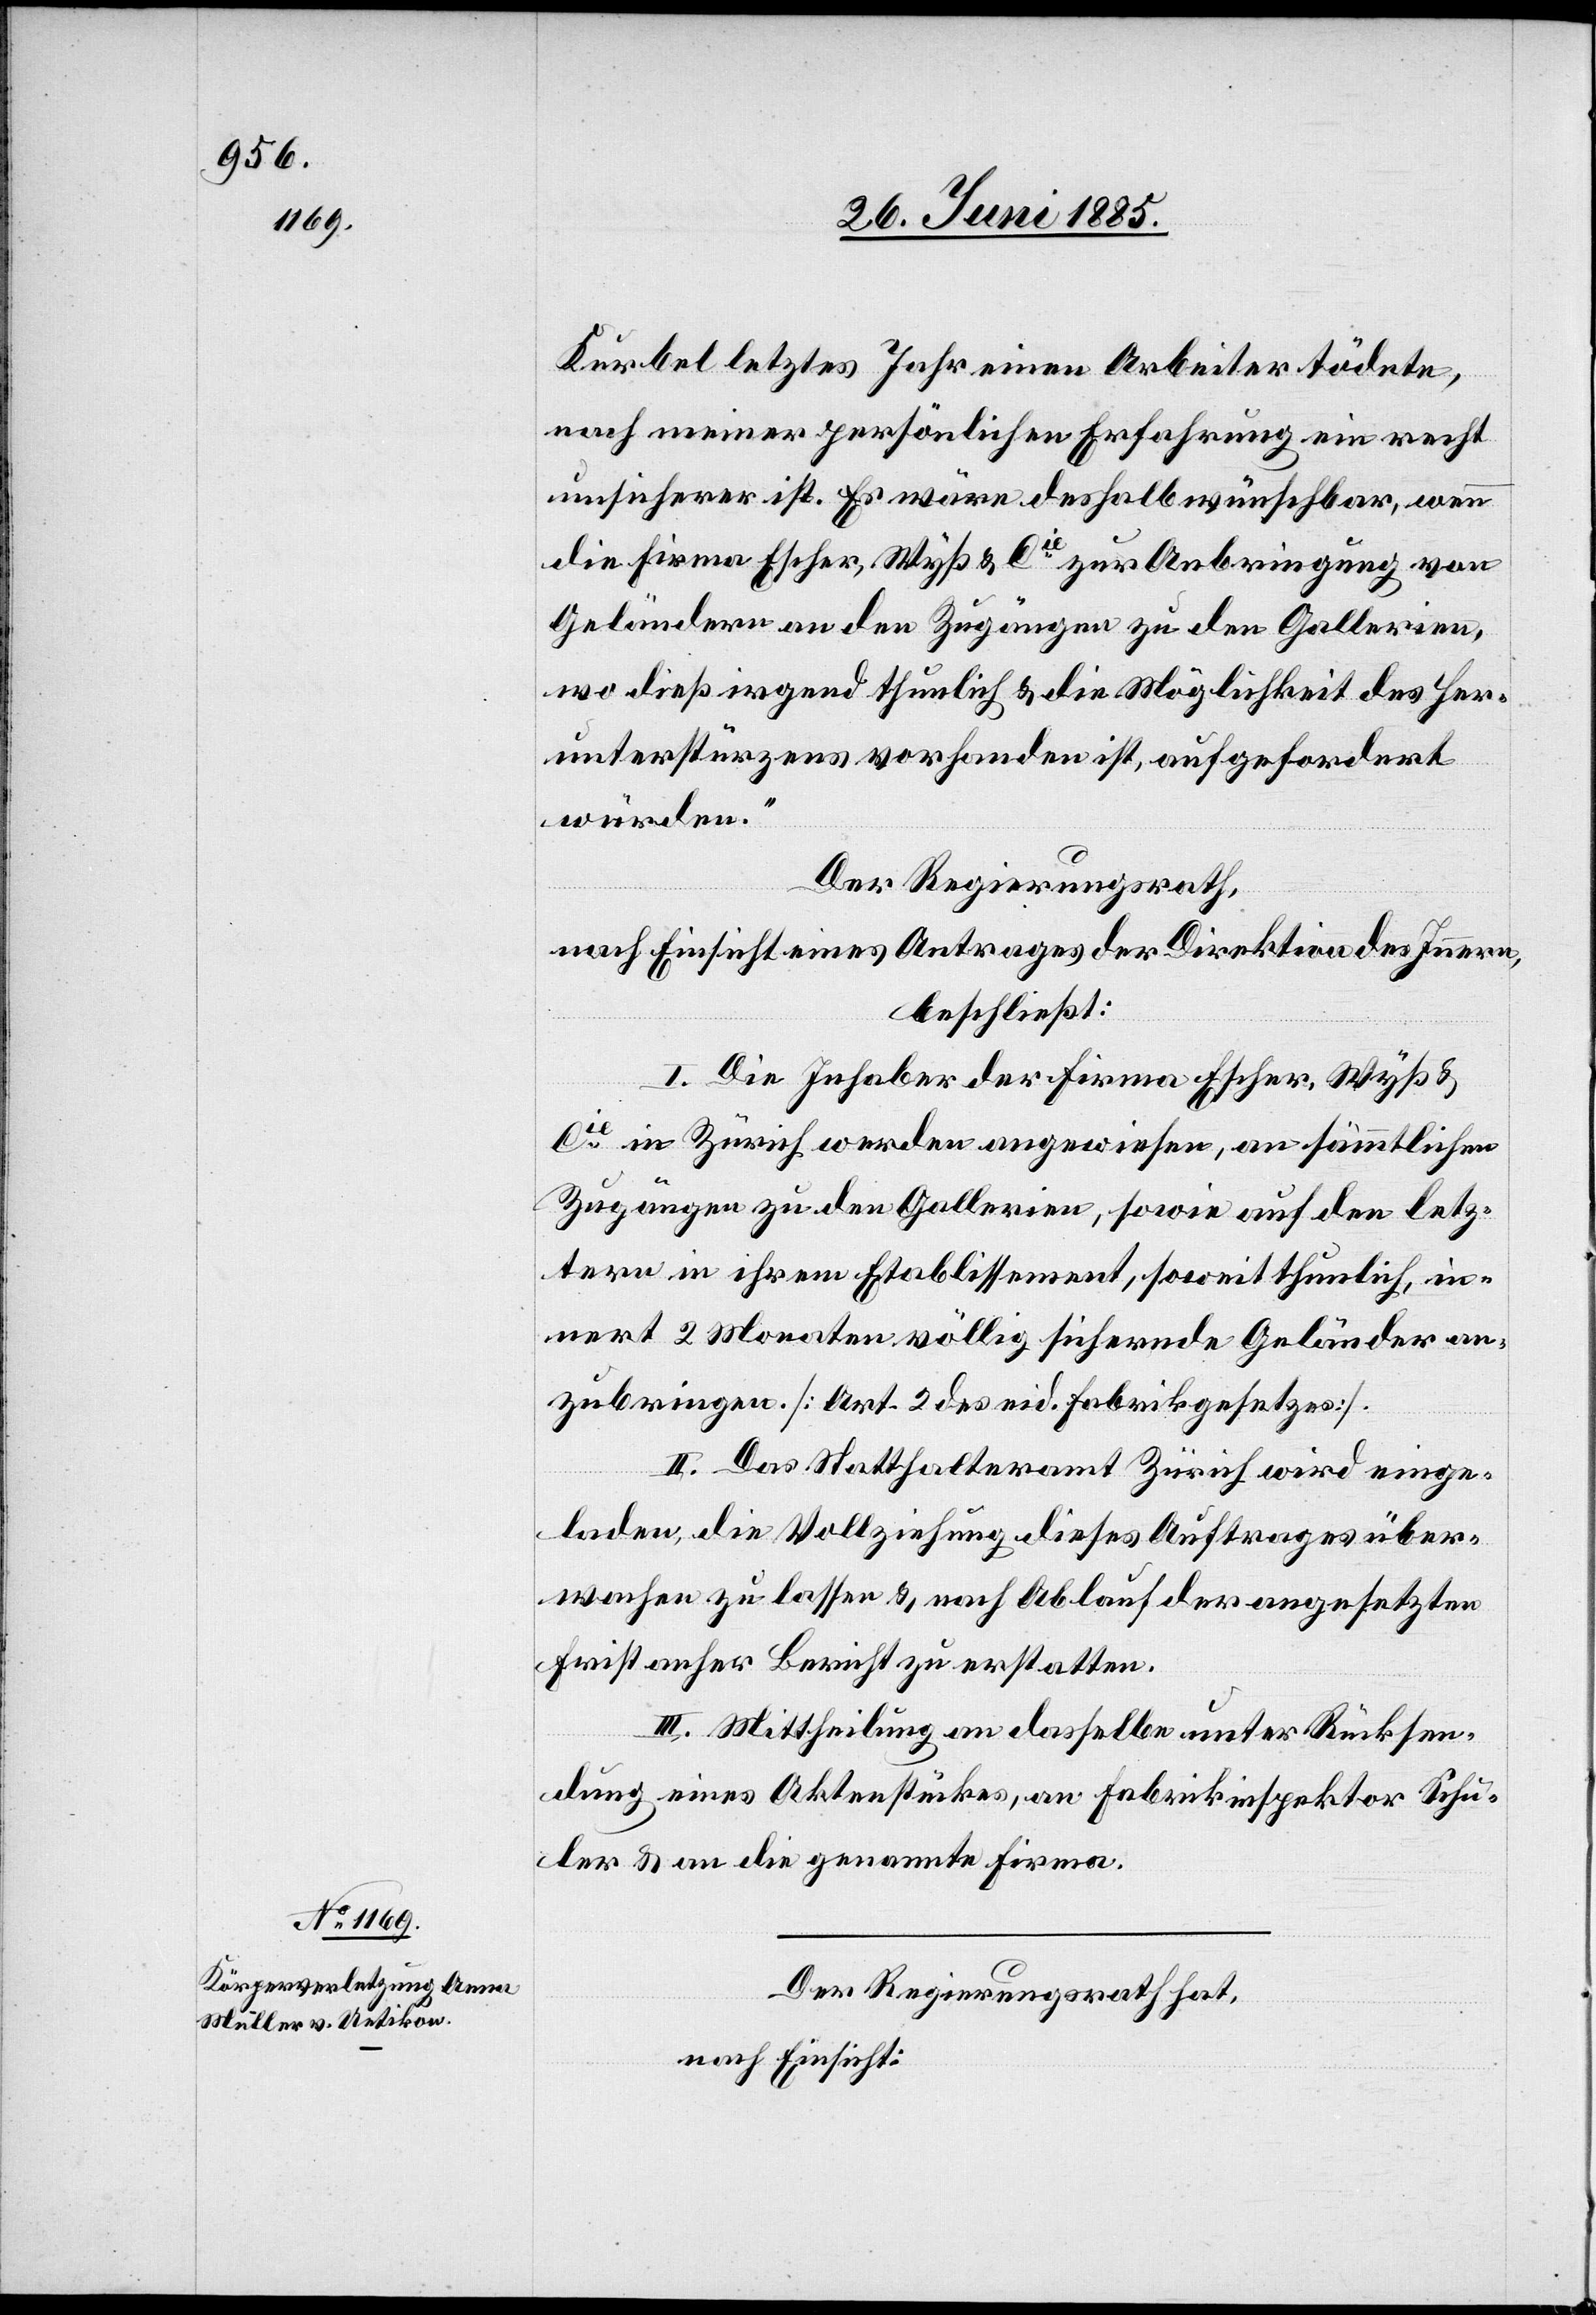
Kurbel letztes Jahr einen Arbeiter tödete,
nach meiner persönlichen Erfahrung ein recht
unsicherer ist. Es wäre deshalb wünschbar, wenn
die Firma Escher, Wyß & Cie zur Anbringung von
Geländern an den Zugängen zu den Gallerien,
wo dieß irgend thunlich & die Möglichkeit des Her¬
unterstürzens vorhanden ist, aufgefordert
würden.“
Der Regierungsrath,
nach Einsicht eines Antrages der Direktion des Innern,
beschließt:
I. Die Inhaber der Firma Escher, Wyß &
Cie in Zürich werden angewiesen, an sämmtlichen
Zugängen zu den Gallerien, sowie auf den letz¬
tern in ihrem Etablissement, soweit thunlich, in¬
nert 2 Monaten völlig sichernde Geländer an¬
zubringen. [Art. 2 des eid. Fabrikgesetzes].
II. Das Statthalteramt Zürich wird einge¬
laden, die Vollziehung dieses Auftrages über¬
machen zu lassen & nach Ablauf der angesetzten
Frist anher Bericht zu erstatten.
III. Mittheilung an dasselbe unter Rücksen¬
dung eines Aktenstückes, an Fabrikinspektor Schu¬
ler & an die genannte Firma.
Der Regierungsrath hat,
nach Einsicht: